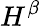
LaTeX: H^{\beta}